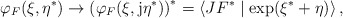
\begin{align*}\varphi _F(\xi ,\eta ^{*})\rightarrow \left( \varphi _F(\xi ,{\rm j}\eta^{*})\right) ^{*}=\left\langle JF^{*}\mid \exp (\xi ^{*}+\eta )\right\rangle, \end{align*}